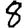
Digit: 8